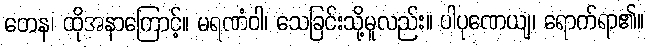
တေန၊ ထိုအနာကြောင့်။ မရဏံဝါ၊ သေခြင်းသို့မူလည်း။ ပါပုဏေယျ၊ ရောက်ရာ၏။